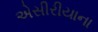
એસીરીયાના